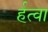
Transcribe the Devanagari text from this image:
र्हत्वा